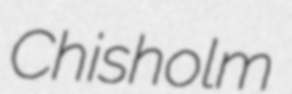
Chisholm